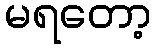
မရတော့